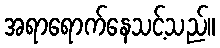
အရာရောက်နေသင့်သည်။